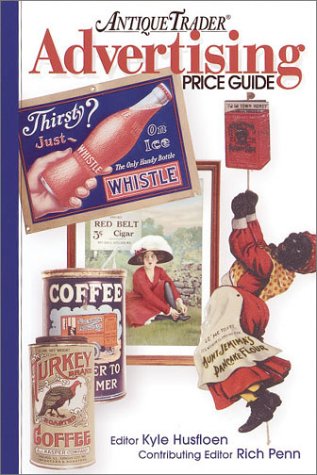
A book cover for Antique Trader Advertising Price Guide; Crafts, Hobbies & Home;